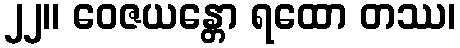
၂၂။ ဝေဇယန္တော ရထော တဿ၊